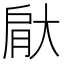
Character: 𮌙